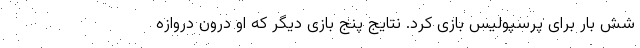
شش بار برای پرسپولیس بازی کرد. نتایج پنج بازی دیگر که او درون دروازه